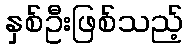
နှစ်ဦးဖြစ်သည့်